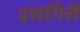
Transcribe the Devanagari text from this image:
दसगिरी